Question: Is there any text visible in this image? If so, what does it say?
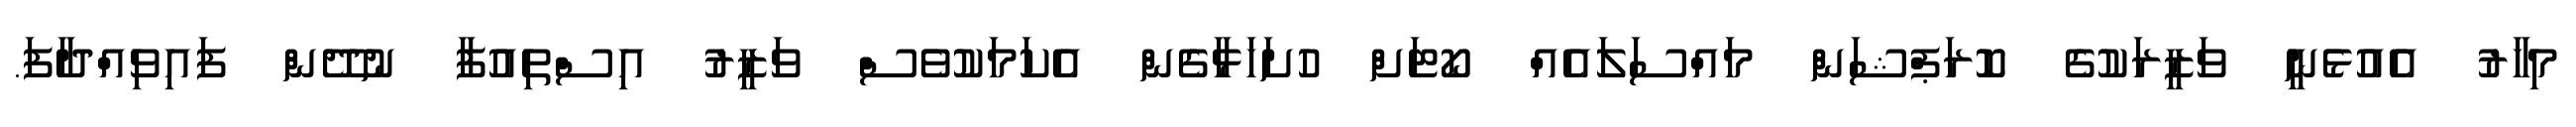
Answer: މިހާރު އެއުޅެނީ ވަޒީރަކުގެ ކޮރަޕްޝަން މައްސަލައެއް ކޯޓަށް ހުށަހަޅާގެން އެކަމަކުވެސްް ވަޒީރު އިސްތިއުފާ ނުދޭން ފައިވިއްދާފަ.